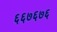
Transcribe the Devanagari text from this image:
६६७६७६